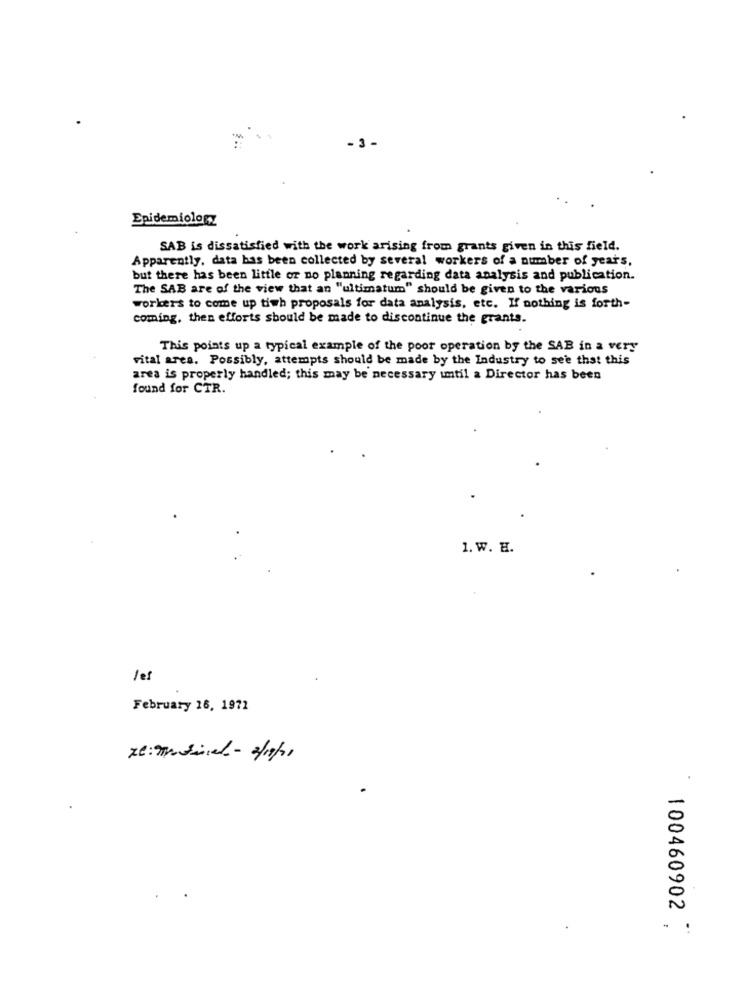
- 3 -
Epidemiology
SAB is dissatisfied with the work arising from grants given in this field.
Apparently, data bas been collected by several workers of a number of years,
but there has been little or no planning regarding data analysis and publication.
The SAB are of the view that an "ultimatum" should be given to the various
workers to come up tiwh proposals for data analysis, etc. If nothing is forth-
coming, then efforts should be made to discontinue the grants.
This points up a typical example of the poor operation by the SAB in a very
vital area. Possibly, attempts should be made by the Industry to see that this
area is properly handled; this may be necessary until a Director has been
found for CTR.
1. W. H.
les
February 16, 1971
ze: matincel - 3/19/11
100460902 *